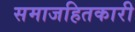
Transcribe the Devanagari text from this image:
समाजहितकारी